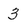
Character: 3